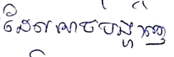
ដែលអាចបង្ហាញ